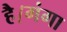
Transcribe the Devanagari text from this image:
है।गंगा